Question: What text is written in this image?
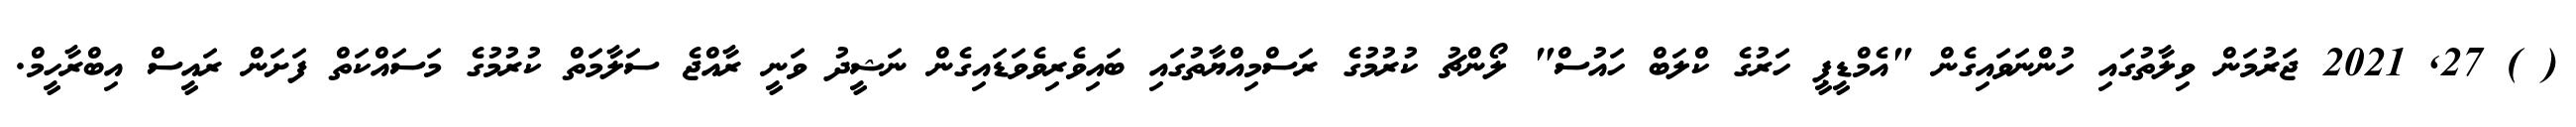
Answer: ( ) 27, 2021 ޖަރުމަން ވިލާތުގައި ހުންނަވައިގެން "އެމްޑީޕީ ހަރުގެ ކްލަބް ހައުސް" ލޯންޗު ކުރުމުގެ ރަސްމިއްޔާތުގައި ބައިވެރިވެވަޑައިގެން ނަޝީދު ވަނީ ރާއްޖެ ސަލާމަތް ކުރުމުގެ މަސައްކަތް ފަށަން ރައީސް އިބްރާހީމް.